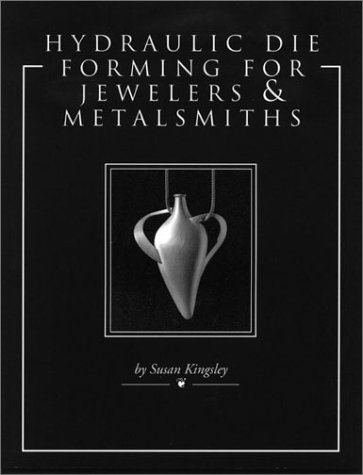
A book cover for Hydraulic Die Forming for Jewelers and Metalsmiths; Susan Kingsley; Crafts, Hobbies & Home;